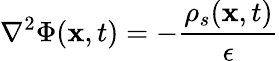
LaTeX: \nabla^{2}\Phi(\mathbf{x},t)=-\frac{{\rho_{s}}(\mathbf{x},t)}{\epsilon}